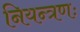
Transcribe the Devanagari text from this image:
नियन्त्रणः